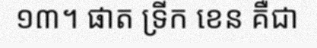
១៣។ ផាត ទ្រីក ខេន គឺជា